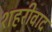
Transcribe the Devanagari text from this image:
शहरीवाद